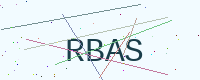
Text: RBAS